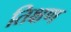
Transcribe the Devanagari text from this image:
तिक्षण